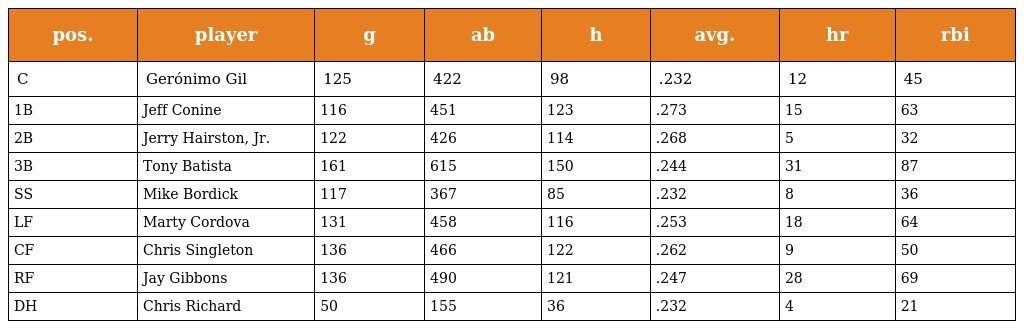
| pos. | player | g | ab | h | avg. | hr | rbi |
 | --- | --- | --- | --- | --- | --- | --- | --- |
 | C | Gerónimo Gil | 125 | 422 | 98 | .232 | 12 | 45 |
 | 1B | Jeff Conine | 116 | 451 | 123 | .273 | 15 | 63 |
 | 2B | Jerry Hairston, Jr. | 122 | 426 | 114 | .268 | 5 | 32 |
 | 3B | Tony Batista | 161 | 615 | 150 | .244 | 31 | 87 |
 | SS | Mike Bordick | 117 | 367 | 85 | .232 | 8 | 36 |
 | LF | Marty Cordova | 131 | 458 | 116 | .253 | 18 | 64 |
 | CF | Chris Singleton | 136 | 466 | 122 | .262 | 9 | 50 |
 | RF | Jay Gibbons | 136 | 490 | 121 | .247 | 28 | 69 |
 | DH | Chris Richard | 50 | 155 | 36 | .232 | 4 | 21 |